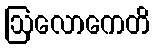
ဩလောကေတိ